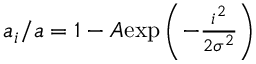
\begin{array} { r } { a _ { i } / a = 1 - A \mathrm { e x p } \left( { - \frac { i ^ { 2 } } { 2 \sigma ^ { 2 } } } \right) } \end{array}